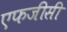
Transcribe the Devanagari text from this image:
एफजीसी